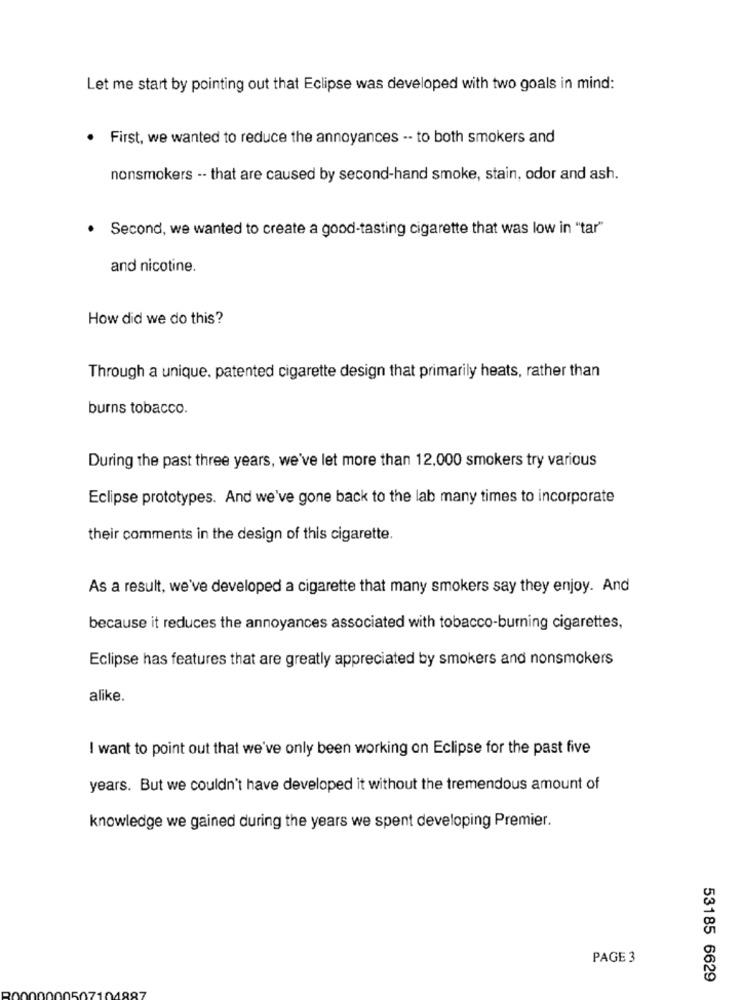
Let me start by pointing out that Eclipse was developed with two goals in mind:
. First, we wanted to reduce the annoyances -- to both smokers and
nonsmokers -- that are caused by second-hand smoke, stain, odor and ash.
. Second, we wanted to create a good-tasting cigarette that was low in "tar"
and nicotine.
How did we do this?
Through a unique. patented cigarette design that primarily heats, rather than
burns tobacco.
During the past three years, we've let more than 12,000 smokers try various
Eclipse prototypes. And we've gone back to the lab many times to incorporate
their comments in the design of this cigarette.
As a result, we've developed a cigarette that many smokers say they enjoy. And
because it reduces the annoyances associated with tobacco-burning cigarettes,
Eclipse has features that are greatly appreciated by smokers and nonsmokers
alike.
I want to point out that we've only been working on Eclipse for the past five
years. But we couldn't have developed it without the tremendous amount of
knowledge we gained during the years we spent developing Premier.
PAGE 3
53185 6629